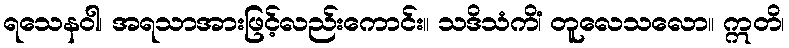
ရသေနဝါ၊ အရသာအားဖြင့်လည်းကောင်း။ သဒိသံကိံ၊ တူလေသလော။ ဣတိ၊